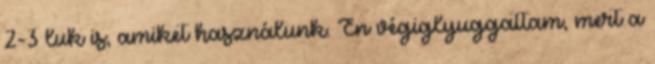
2-3 luk is, amiket használunk. Én végiglyuggattam, mert a